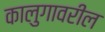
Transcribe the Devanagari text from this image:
कालुगावरील